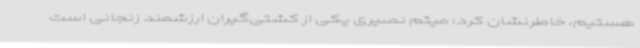
هستیم، خاطرنشان کرد: میثم نصیری یکی از کشتی‌گیران ارزشمند زنجانی است